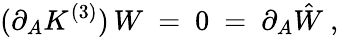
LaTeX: (\partial_{A}K^{(3)})\, W\ =\ 0\ =\ \partial_{A}\hat{W}\ ,